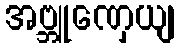
အဗ္ဘူဏှေယျ